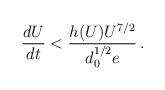
LaTeX: \begin{align*}{dU \over dt} < {h(U) U^{7/2} \over d_0^{1/2} e}\,.\end{align*}